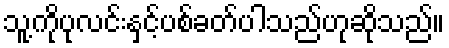
သူ့ကိုပုလင်းနှင့်ပစ်ခတ်ပါသည်ဟုဆိုသည်။